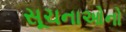
સૂચનાઓનો